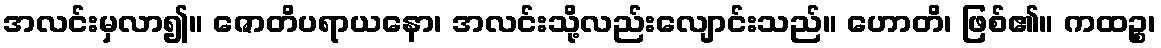
အလင်းမှလာ၍။ ဇောတိပရာယနော၊ အလင်းသို့လည်းလျောင်းသည်။ ဟောတိ၊ ဖြစ်၏။ ကထဉ္စ၊